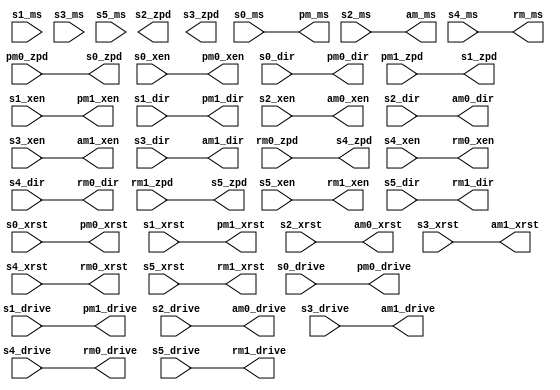
module fsmotor #
(
	parameter integer C_MICROSTEP_WIDTH = 3,
	parameter integer C_INVERT_DIR = 0
) (
	output wire                           s0_zpd,
	input  wire                           s0_xen,
	input  wire                           s0_xrst,
	input  wire [C_MICROSTEP_WIDTH-1:0]   s0_ms,
	input  wire                           s0_drive,
	input  wire                           s0_dir,

	output wire                           s1_zpd,
	input  wire                           s1_xen,
	input  wire                           s1_xrst,
	input  wire [C_MICROSTEP_WIDTH-1:0]   s1_ms,
	input  wire                           s1_drive,
	input  wire                           s1_dir,

	output wire                           s2_zpd,
	input  wire                           s2_xen,
	input  wire                           s2_xrst,
	input  wire [C_MICROSTEP_WIDTH-1:0]   s2_ms,
	input  wire                           s2_drive,
	input  wire                           s2_dir,

	output wire                           s3_zpd,
	input  wire                           s3_xen,
	input  wire                           s3_xrst,
	input  wire [C_MICROSTEP_WIDTH-1:0]   s3_ms,
	input  wire                           s3_drive,
	input  wire                           s3_dir,

	output wire                           s4_zpd,
	input  wire                           s4_xen,
	input  wire                           s4_xrst,
	input  wire [C_MICROSTEP_WIDTH-1:0]   s4_ms,
	input  wire                           s4_drive,
	input  wire                           s4_dir,

	output wire                           s5_zpd,
	input  wire                           s5_xen,
	input  wire                           s5_xrst,
	input  wire [C_MICROSTEP_WIDTH-1:0]   s5_ms,
	input  wire                           s5_drive,
	input  wire                           s5_dir,

	output wire [C_MICROSTEP_WIDTH-1:0]   pm_ms,
	input  wire                           pm0_zpd,
	output wire                           pm0_xen,
	output wire                           pm0_xrst,
	output wire                           pm0_drive,
	output wire                           pm0_dir,
	input  wire                           pm1_zpd,
	output wire                           pm1_xen,
	output wire                           pm1_xrst,
	output wire                           pm1_drive,
	output wire                           pm1_dir,

	output wire [C_MICROSTEP_WIDTH-1:0]   am_ms,
	output wire                           am0_xen,
	output wire                           am0_xrst,
	output wire                           am0_drive,
	output wire                           am0_dir,
	output wire                           am1_xen,
	output wire                           am1_xrst,
	output wire                           am1_drive,
	output wire                           am1_dir,

	output wire [C_MICROSTEP_WIDTH-1:0]   rm_ms,
	input  wire                           rm0_zpd,
	output wire                           rm0_xen,
	output wire                           rm0_xrst,
	output wire                           rm0_drive,
	output wire                           rm0_dir,
	input  wire                           rm1_zpd,
	output wire                           rm1_xen,
	output wire                           rm1_xrst,
	output wire                           rm1_drive,
	output wire                           rm1_dir
);

	assign s0_zpd = pm0_zpd;
	assign s1_zpd = pm1_zpd;
	assign s4_zpd = rm0_zpd;
	assign s5_zpd = rm1_zpd;
	assign pm_ms     = s0_ms;
	assign pm0_xen   = s0_xen;
	assign pm0_xrst  = s0_xrst;
	assign pm0_drive = s0_drive;
	if (C_INVERT_DIR == 0) begin
		assign pm0_dir   = s0_dir;
	end
	else begin
		assign pm0_dir   = ~s0_dir;
	end
	assign pm1_xen   = s1_xen;
	assign pm1_xrst  = s1_xrst;
	assign pm1_drive = s1_drive;
	if (C_INVERT_DIR == 0) begin
		assign pm1_dir   = s1_dir;
	end
	else begin
		assign pm1_dir   = ~s1_dir;
	end

	assign am_ms   = s2_ms;
	assign am0_xen   = s2_xen;
	assign am0_xrst  = s2_xrst;
	assign am0_drive = s2_drive;
	if (C_INVERT_DIR == 0) begin
		assign am0_dir   = s2_dir;
	end
	else begin
		assign am0_dir   = ~s2_dir;
	end
	assign am1_xen   = s3_xen;
	assign am1_xrst  = s3_xrst;
	assign am1_drive = s3_drive;
	if (C_INVERT_DIR == 0) begin
		assign am1_dir   = s3_dir;
	end
	else begin
		assign am1_dir   = ~s3_dir;
	end

	assign rm_ms   = s4_ms;
	assign rm0_xen   = s4_xen;
	assign rm0_xrst  = s4_xrst;
	assign rm0_drive = s4_drive;
	if (C_INVERT_DIR == 0) begin
		assign rm0_dir   = s4_dir;
	end
	else begin
		assign rm0_dir   = ~s4_dir;
	end
	assign rm1_xen   = s5_xen;
	assign rm1_xrst  = s5_xrst;
	assign rm1_drive = s5_drive;
	if (C_INVERT_DIR == 0) begin
		assign rm1_dir   = s5_dir;
	end
	else begin
		assign rm1_dir   = ~s5_dir;
	end

endmodule